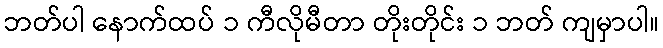
ဘတ်ပါ နောက်ထပ် ၁ ကီလိုမီတာ တိုးတိုင်း ၁ ဘတ် ကျမှာပါ။